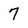
Character: 7